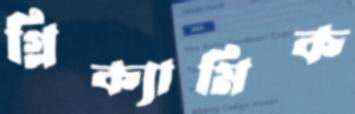
গ্লিক্যামিক